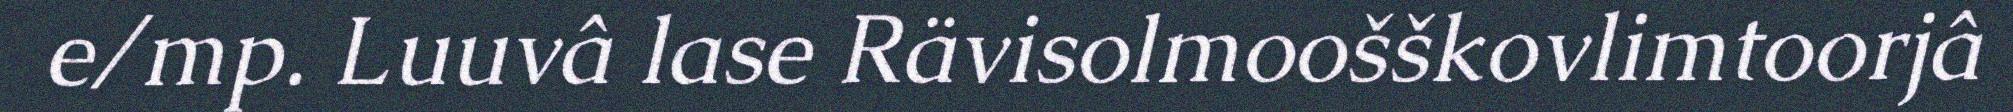
e/mp. Luuvâ lase Rävisolmoošškovlimtoorjâ